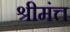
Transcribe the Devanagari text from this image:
श्रीमंत्त